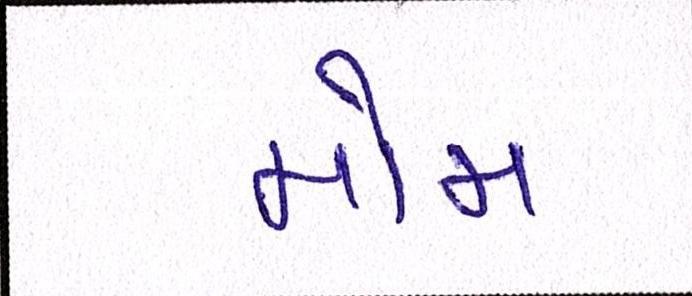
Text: મોમ